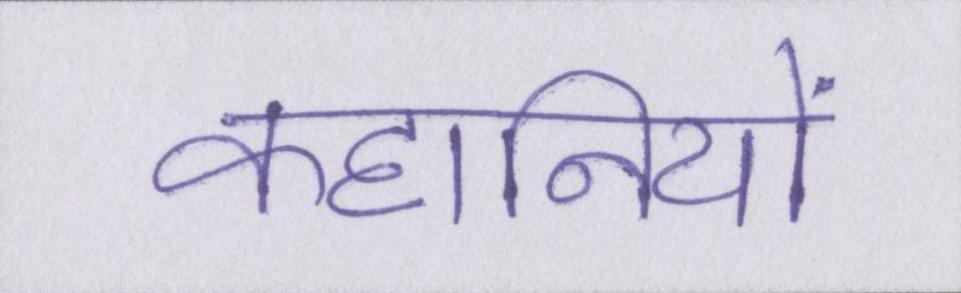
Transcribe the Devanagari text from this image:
कहानियों